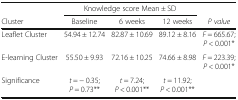
|  | <COLSPAN=3> Knowledge score Mean ± SD |  |
 | Cluster | Baseline | 6 weeks | 12 weeks | P value |
 | --- | --- | --- | --- | --- |
 | Leaflet Cluster | 54.94 ± 12.74 | 82.87 ± 10.69 | 89.12 ± 8.16 | F = 665.67;P < 0.001* |
 | E-learning Cluster | 55.50 ± 9.93 | 72.16 ± 10.25 | 74.66 ± 8.98 | F = 223.39;P < 0.001* |
 | Significance | t = − 0.35;P = 0.73** | t = 7.24;P < 0.001** | t = 11.92;P < 0.001** |  |